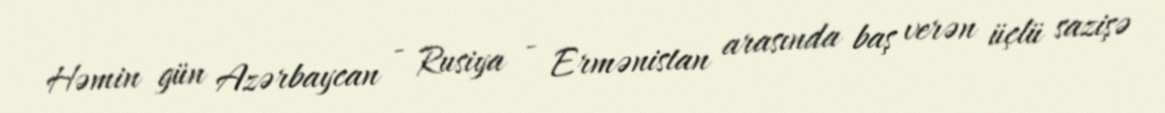
Həmin gün Azərbaycan - Rusiya - Ermənistan arasında baş verən üçlü sazişə